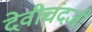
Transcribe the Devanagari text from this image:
देवीचंदजी